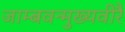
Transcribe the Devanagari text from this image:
जाम्बवन्मुख्यवीरै